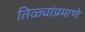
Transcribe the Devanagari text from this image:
तिळ्यांप्रमाणे